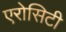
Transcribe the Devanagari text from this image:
एरोसिटी